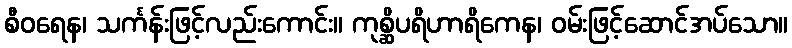
စီဝရေန၊ သင်္ကန်းဖြင့်လည်းကောင်း။ ကုစ္ဆိပရိဟာရိကေန၊ ဝမ်းဖြင့်ဆောင်အပ်သော။